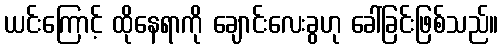
ယင်းကြောင့် ထိုနေရာကို ချောင်းလေးခွဟု ခေါ်ခြင်းဖြစ်သည်။